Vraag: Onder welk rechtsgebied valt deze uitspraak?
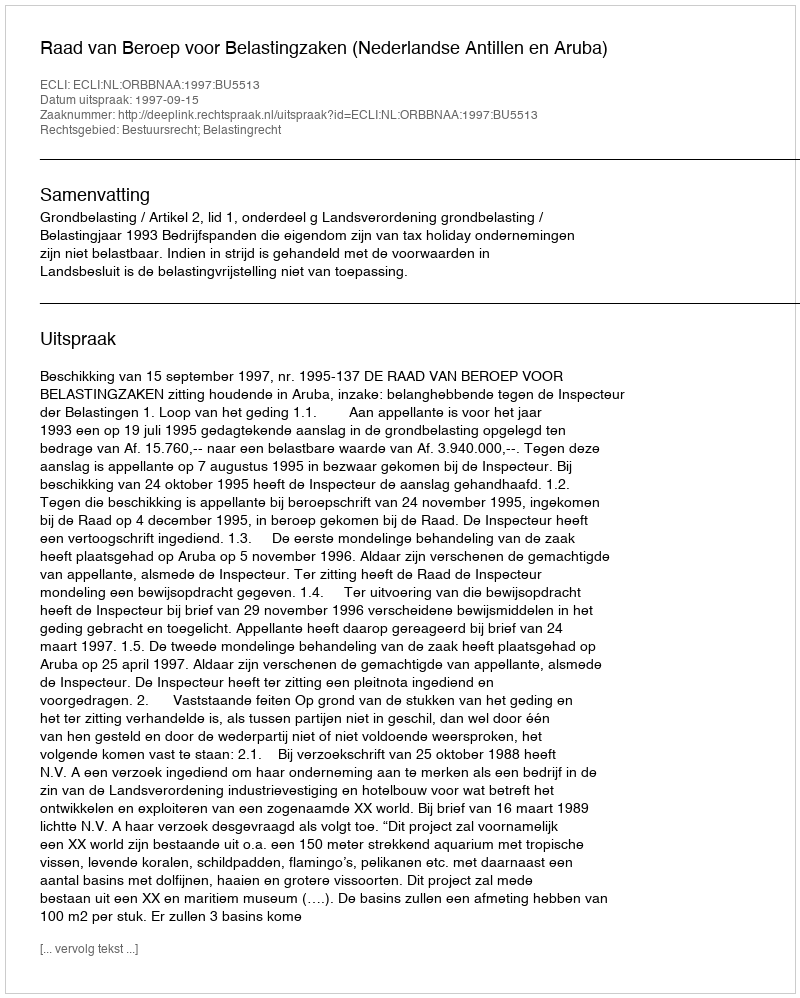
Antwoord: Bestuursrecht; Belastingrecht